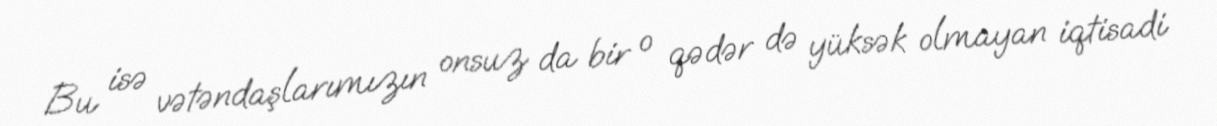
Bu isə vətəndaşlarımızın onsuz da bir o qədər də yüksək olmayan iqtisadi